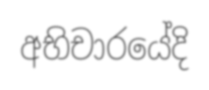
අභිචාරයේදි